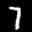
Label: 7